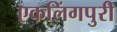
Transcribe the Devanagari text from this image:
एकलिंगपुरी